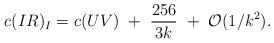
\begin{align*}c(IR)_I=c(UV)~+~{256\over3k}~+~{\cal O}(1/k^2).\end{align*}